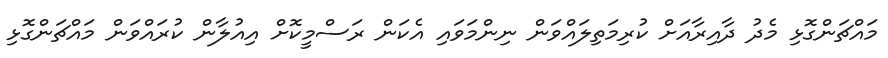
މައްޗަންގޮޅި މެދު ދާއިރާއަށް ކުރިމަތިލައްވަން ނިންމަވައި އެކަން ރަސްމީކޮށް އިއުލާން ކުރައްވަން މައްޗަންގޮޅި